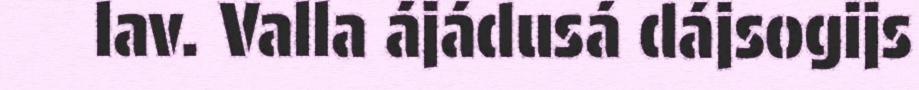
lav. Valla ájádusá dájsogijs